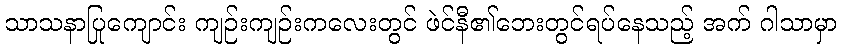
သာသနာပြုကျောင်း ကျဉ်းကျဉ်းကလေးတွင် ဖဲင်နီ၏ဘေးတွင်ရပ်နေသည့် အက် ဂါသာမှာ